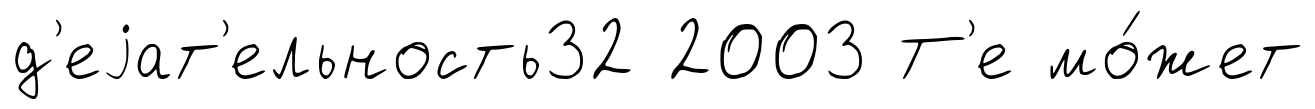
д'еjат'ельность32 2003 Т'е мо́жет